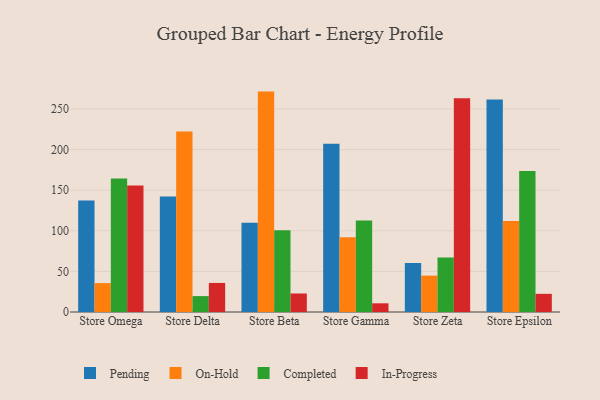
{"axis": {"x": "Store", "y": "Headcount"}, "legend": ["Completed", "In-Progress", "On-Hold", "Pending"], "data": [{"x": "Store Omega", "y": 137.3, "type": "Pending"}, {"x": "Store Omega", "y": 35.6, "type": "On-Hold"}, {"x": "Store Omega", "y": 164.3, "type": "Completed"}, {"x": "Store Omega", "y": 155.7, "type": "In-Progress"}, {"x": "Store Delta", "y": 142.3, "type": "Pending"}, {"x": "Store Delta", "y": 222.5, "type": "On-Hold"}, {"x": "Store Delta", "y": 19.6, "type": "Completed"}, {"x": "Store Delta", "y": 35.8, "type": "In-Progress"}, {"x": "Store Beta", "y": 109.9, "type": "Pending"}, {"x": "Store Beta", "y": 271.5, "type": "On-Hold"}, {"x": "Store Beta", "y": 100.6, "type": "Completed"}, {"x": "Store Beta", "y": 22.8, "type": "In-Progress"}, {"x": "Store Gamma", "y": 207.2, "type": "Pending"}, {"x": "Store Gamma", "y": 92.2, "type": "On-Hold"}, {"x": "Store Gamma", "y": 112.8, "type": "Completed"}, {"x": "Store Gamma", "y": 10.7, "type": "In-Progress"}, {"x": "Store Zeta", "y": 60.4, "type": "Pending"}, {"x": "Store Zeta", "y": 44.8, "type": "On-Hold"}, {"x": "Store Zeta", "y": 67.0, "type": "Completed"}, {"x": "Store Zeta", "y": 263.3, "type": "In-Progress"}, {"x": "Store Epsilon", "y": 261.7, "type": "Pending"}, {"x": "Store Epsilon", "y": 112.1, "type": "On-Hold"}, {"x": "Store Epsilon", "y": 173.8, "type": "Completed"}, {"x": "Store Epsilon", "y": 22.4, "type": "In-Progress"}]}